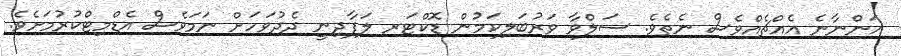
އަންނާނެ އެއްޗެއްވެސް ނެތެވެ. ސަލްވާ ވަރުބަލިކަމުން ޑޮކްޓަރ ލަފާދިނީ ދެދުވަހަށް ނަމަވެސް އެޑްމިޓްކުރުމަށެވެ.